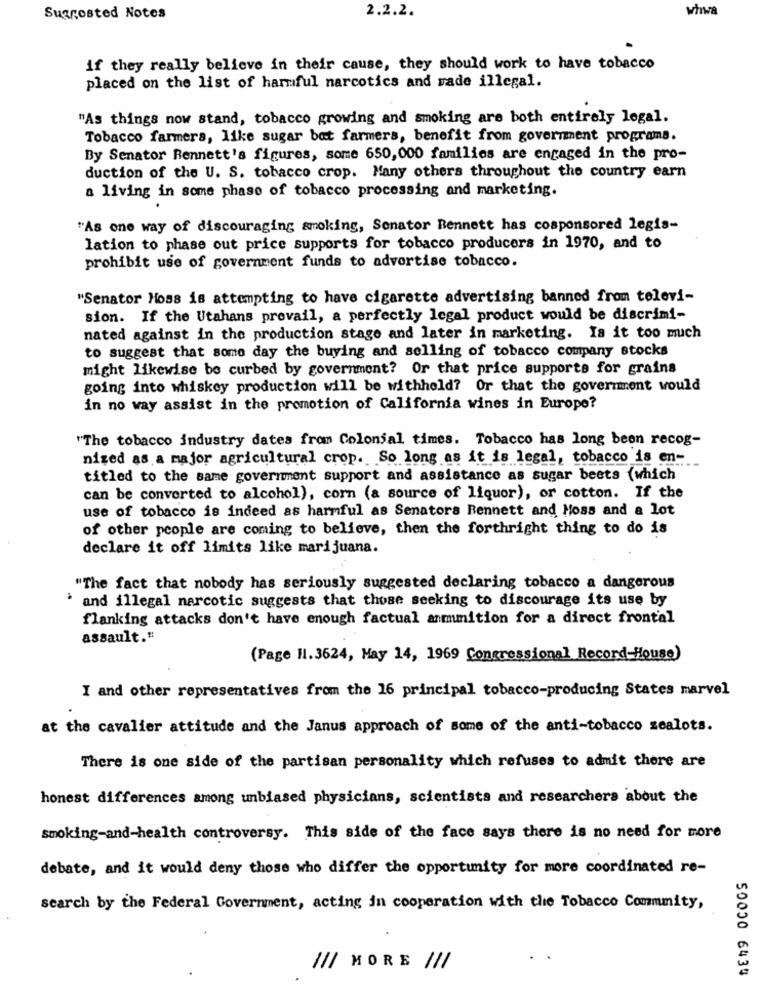
2.2.2.
whwa
Suggested Notes
if they really believe in their cause, they should work to have tobacco
placed on the list of harmful narcotics and rade illegal.
"As things now stand, tobacco growing and smoking are both entirely legal.
Tobacco farmers, like sugar bat farmers, benefit from government programs.
By Senator Bennett's figures, some 650, 000 families are engaged in the pro-
duction of the U. S. tobacco crop. Many others throughout the country earn
a living in some phase of tobacco processing and marketing.
"As one way of discouraging smoking, Senator Bennett has cosponsored legis-
lation to phase out price supports for tobacco producers in 1970, and to
prohibit use of government funds to advertise tobacco.
"Senator Hoss is attempting to have cigarette advertising banned from televi-
sion. If the Utahans prevail, a perfectly legal product would be discrimi-
nated against in the production stage and later in marketing. Is it too much
to suggest that some day the buying and selling of tobacco company stocks
might likewise be curbed by government? Or that price supports for grains
going into whiskey production will be withheld? Or that the government would
in no way assist in the promotion of California wines in Europe?
"The tobacco industry dates from Colonial times. Tobacco has long been recog-
nized as a major agricultural crop. So long as it is legal, tobacco is en-
titled to the same government support and assistance as sugar beets (which
can be converted to alcohol), corn (a source of liquor), or cotton. If the
use of tobacco is indeed as harmful as Senators Bennett and Hoss and a lot
of other people are coming to believe, then the forthright thing to do is
declare it off limits like marijuana.
"The fact that nobody has seriously suggested declaring tobacco a dangerous
.
and illegal narcotic suggests that those seeking to discourage its use by
flanking attacks don't have enough factual anmunition for a direct frontal
assault."
(Page H.3624, May 14, 1969 Congressional Record-House)
I and other representatives from the 16 principal tobacco-producing States marvel
at the cavalier attitude and the Janus approach of some of the anti-tobacco zealots.
There is one side of the partisan personality which refuses to admit there are
honest differences among unbiased physicians, scientists and researchers about the
smoking-and-health controversy. This side of the face says there is no need for more
debate, and it would deny those who differ the opportunity for more coordinated re-
search by the Federal Government, acting in cooperation with the Tobacco Community,
/// MORE ///
50000 6434